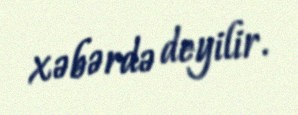
xəbərdə deyilir.